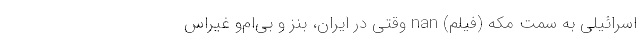
اسرائیلی به سمت مکه (فیلم) nan وقتی در ایران، بنز و بی‌ام‌و غیراس